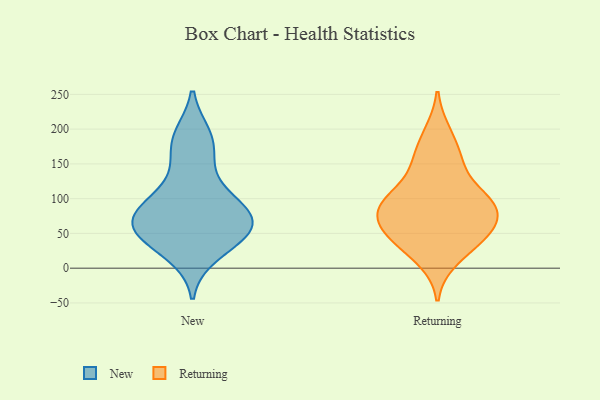
{"axis": {"x": "Satisfaction Score", "y": "Value"}, "legend": ["New", "Returning"], "data": [{"x": "", "y": 85, "type": "New"}, {"x": "", "y": 97, "type": "New"}, {"x": "", "y": 20, "type": "New"}, {"x": "", "y": 190, "type": "New"}, {"x": "", "y": 181, "type": "New"}, {"x": "", "y": 89, "type": "New"}, {"x": "", "y": 55, "type": "New"}, {"x": "", "y": 72, "type": "New"}, {"x": "", "y": 50, "type": "New"}, {"x": "", "y": 142, "type": "New"}, {"x": "", "y": 59, "type": "New"}, {"x": "", "y": 45, "type": "New"}, {"x": "", "y": 195, "type": "Returning"}, {"x": "", "y": 37, "type": "Returning"}, {"x": "", "y": 89, "type": "Returning"}, {"x": "", "y": 92, "type": "Returning"}, {"x": "", "y": 154, "type": "Returning"}, {"x": "", "y": 48, "type": "Returning"}, {"x": "", "y": 55, "type": "Returning"}, {"x": "", "y": 96, "type": "Returning"}, {"x": "", "y": 157, "type": "Returning"}, {"x": "", "y": 89, "type": "Returning"}, {"x": "", "y": 114, "type": "Returning"}, {"x": "", "y": 75, "type": "Returning"}, {"x": "", "y": 51, "type": "Returning"}, {"x": "", "y": 12, "type": "Returning"}]}